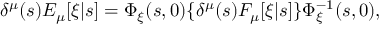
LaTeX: \delta ^ { \mu } ( s ) E _ { \mu } [ \xi | s ] = \Phi _ { \xi } ( s , 0 ) \{ \delta ^ { \mu } ( s ) F _ { \mu } [ \xi | s ] \} \Phi _ { \xi } ^ { - 1 } ( s , 0 ) ,